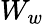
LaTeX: W_{w}